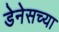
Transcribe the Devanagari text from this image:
डेनेसच्या